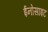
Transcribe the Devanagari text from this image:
ईनोसाइट